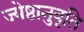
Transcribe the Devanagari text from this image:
ज्येष्ठानुवृति